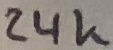
Text: 24K